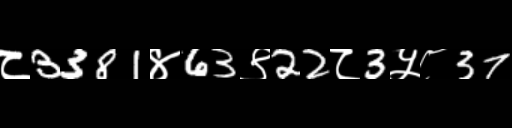
Text: ८3381४63९22८3५८37